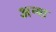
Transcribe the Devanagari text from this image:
अन्श